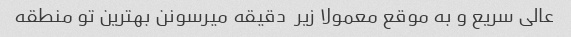
عالی سریع و به موقع معمولا زیر  دقیقه میرسونن بهترین تو منطقه